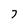
Character: 7